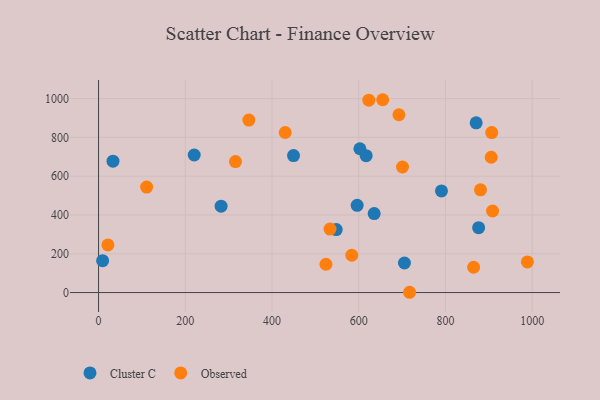
{"axis": {"x": "Engine Size", "y": "Exam Score"}, "legend": ["Cluster C", "Observed"], "data": [{"x": "33.3", "y": 677.2, "type": "Cluster C"}, {"x": "617.1", "y": 705.5, "type": "Cluster C"}, {"x": "876.5", "y": 334.6, "type": "Cluster C"}, {"x": "705.4", "y": 152.3, "type": "Cluster C"}, {"x": "220.6", "y": 709.0, "type": "Cluster C"}, {"x": "548.1", "y": 324.4, "type": "Cluster C"}, {"x": "449.6", "y": 706.4, "type": "Cluster C"}, {"x": "596.4", "y": 449.7, "type": "Cluster C"}, {"x": "870.8", "y": 875.2, "type": "Cluster C"}, {"x": "635.6", "y": 407.0, "type": "Cluster C"}, {"x": "790.8", "y": 524.1, "type": "Cluster C"}, {"x": "602.7", "y": 741.3, "type": "Cluster C"}, {"x": "282.6", "y": 445.4, "type": "Cluster C"}, {"x": "9.4", "y": 164.4, "type": "Cluster C"}, {"x": "346.6", "y": 889.4, "type": "Observed"}, {"x": "430.4", "y": 825.0, "type": "Observed"}, {"x": "584.0", "y": 192.3, "type": "Observed"}, {"x": "315.8", "y": 675.2, "type": "Observed"}, {"x": "988.9", "y": 158.1, "type": "Observed"}, {"x": "905.5", "y": 697.6, "type": "Observed"}, {"x": "655.3", "y": 994.1, "type": "Observed"}, {"x": "692.7", "y": 916.6, "type": "Observed"}, {"x": "864.9", "y": 130.5, "type": "Observed"}, {"x": "700.9", "y": 647.2, "type": "Observed"}, {"x": "110.9", "y": 543.6, "type": "Observed"}, {"x": "908.6", "y": 420.5, "type": "Observed"}, {"x": "906.7", "y": 824.5, "type": "Observed"}, {"x": "533.8", "y": 327.0, "type": "Observed"}, {"x": "880.8", "y": 529.8, "type": "Observed"}, {"x": "623.3", "y": 991.9, "type": "Observed"}, {"x": "524.4", "y": 145.9, "type": "Observed"}, {"x": "717.2", "y": 1.4, "type": "Observed"}, {"x": "21.6", "y": 245.4, "type": "Observed"}]}